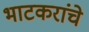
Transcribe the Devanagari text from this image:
भाटकरांचे